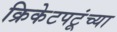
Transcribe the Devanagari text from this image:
क्रिकेटपटूंच्या